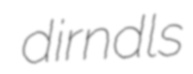
dirndls